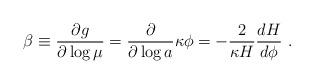
LaTeX: \begin{align*}\beta \equiv {\partial g \over \partial \log \mu}={\partial \over \partial \log a} \kappa \phi =-{2 \over \kappa H} {d H \over {d\phi}}~. \end{align*}